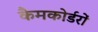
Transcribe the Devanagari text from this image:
कैमकोर्डरों